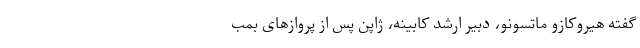
گفته هیروکازو ماتسونو، دبیر ارشد کابینه، ژاپن پس از پروازهای بمب